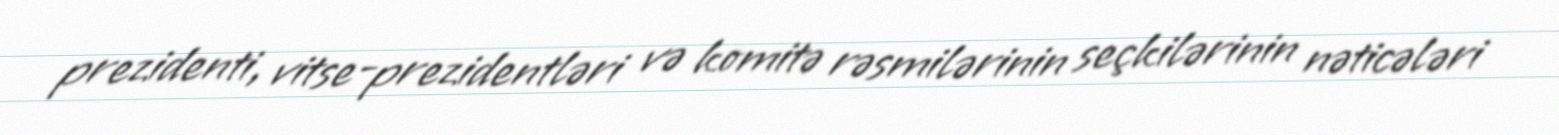
prezidenti, vitse-prezidentləri və komitə rəsmilərinin seçkilərinin nəticələri